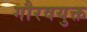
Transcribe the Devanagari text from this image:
गौरवयुक्त